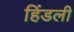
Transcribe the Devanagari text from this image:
हिंडली